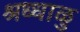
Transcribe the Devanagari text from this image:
श्रध्धाळु